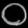
Digit: ၀